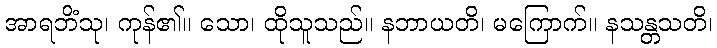
အာရဘိံသု၊ ကုန်၏။ သော၊ ထိုသူသည်။ နဘာယတိ၊ မကြောက်။ နသန္တသတိ၊